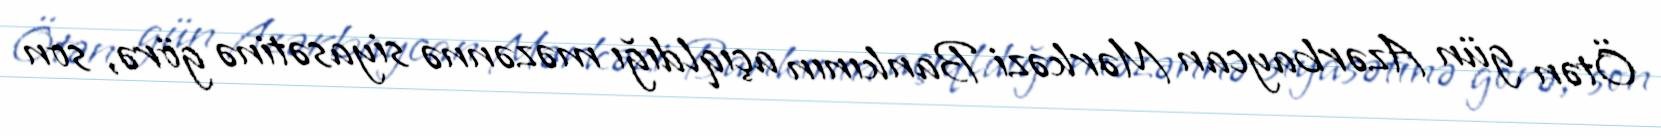
Ötən gün Azərbaycan Mərkəzi Bankının açıqldığı məzənnə siyasətinə görə, son